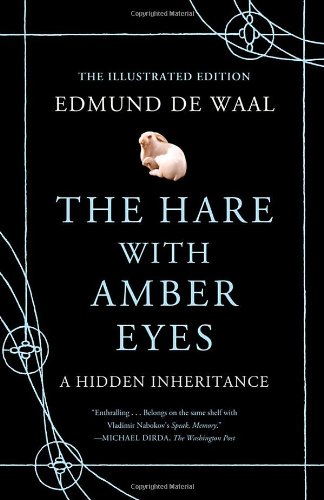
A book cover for The Hare with Amber Eyes (Illustrated Edition): A Hidden Inheritance; Edmund de Waal; Arts & Photography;